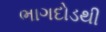
ભાગદોડથી